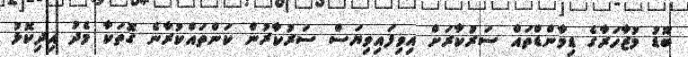
ބޮޑު މުޒާހަރާގެ ޑިމާންޑްތައް ސަރުކާރަށް އިވިފައިވިޔަސް ސަރުކާރުން ކަންތައްކުރާނެ ގޮތަކާ މެދު އިދިކޮޅު